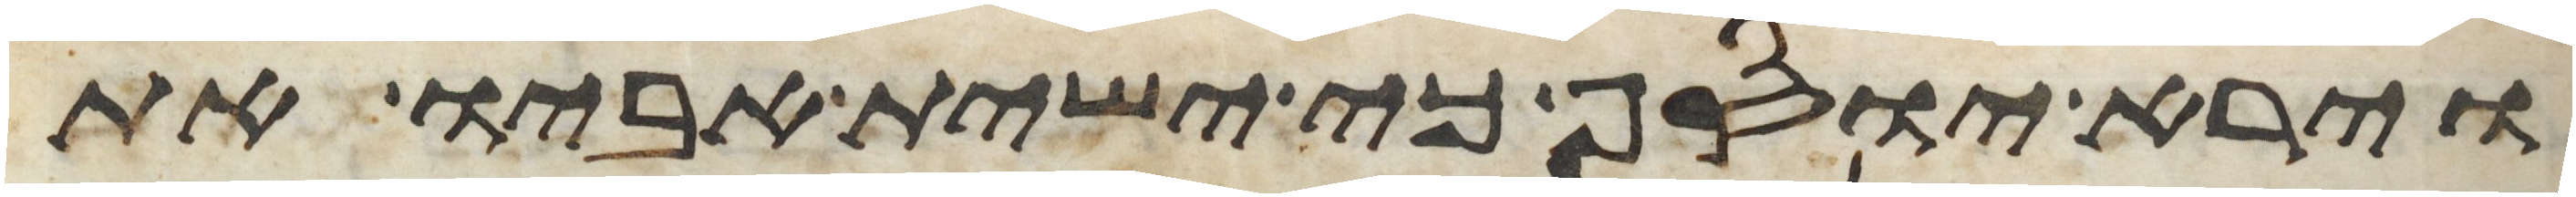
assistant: וירא יוסף כי ישית אביו את